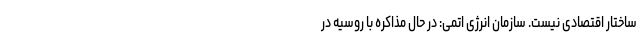
ساختار اقتصادی نیست. سازمان انرژی اتمی: در حال مذاکره با روسیه در